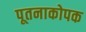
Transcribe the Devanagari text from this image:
पूतनाकोपक